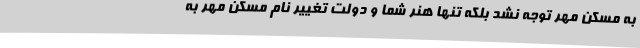
به مسکن مهر توجه نشد بلکه تنها هنر شما و دولت تغییر نام مسکن مهر به